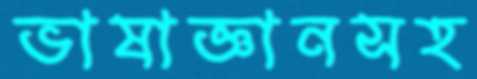
ভাষাজ্ঞানসহ